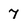
Character: 7